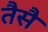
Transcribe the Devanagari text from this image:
तैसै